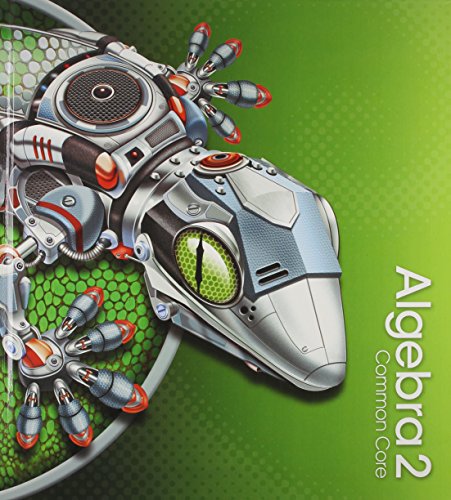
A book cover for HIGH SCHOOL MATH 2015 COMMON CORE ALGEBRA 2 STUDENT EDITION GRADE 10/11; PRENTICE HALL; Education & Teaching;